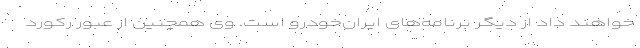
خواهند داد از دیگر برنامه‌های ایران‌خودرو است. وی همچنین از عبور رکورد